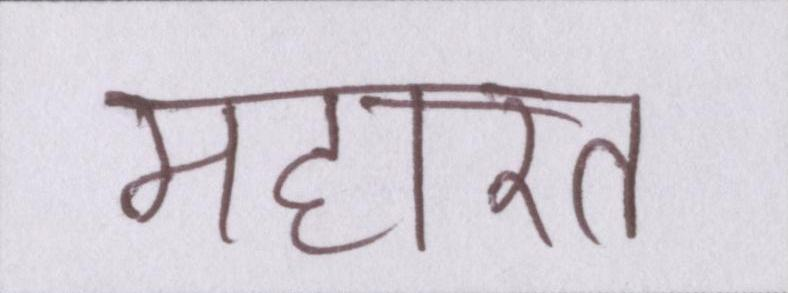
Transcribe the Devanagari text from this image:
महारत